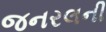
જનરલની